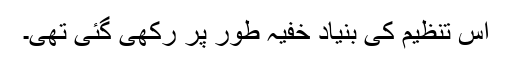
اس تنظیم کی بنیاد خفیہ طور پر رکھی گئی تھی۔